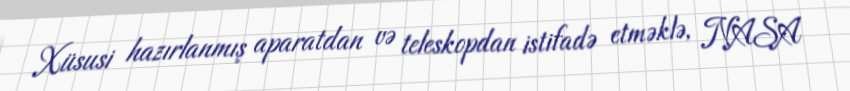
Xüsusi hazırlanmış aparatdan və teleskopdan istifadə etməklə, NASA